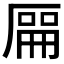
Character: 𫨘